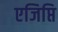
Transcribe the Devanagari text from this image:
एजिप्ति